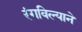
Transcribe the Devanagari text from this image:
रंगविल्याने